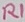
Text: R1